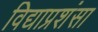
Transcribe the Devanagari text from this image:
विद्याप्रशंसा